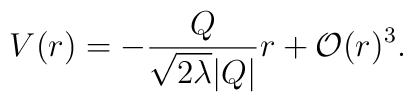
V(r)= - \frac{Q}{\sqrt{2 \lambda} |Q|} r + {\cal{O}}(r)^3 .